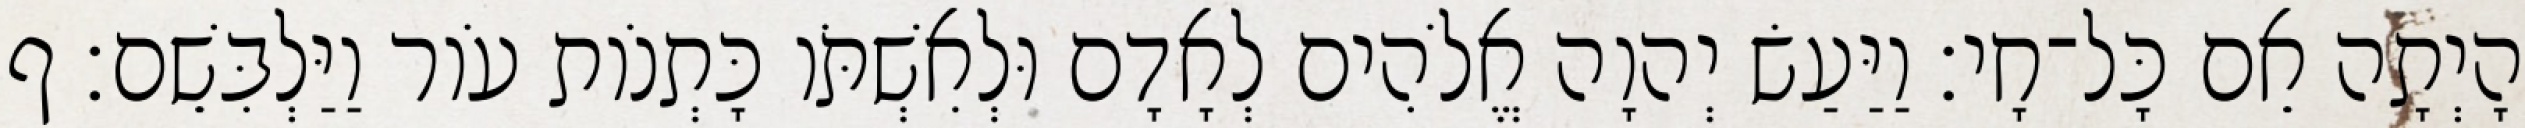
הָיְתָה אֵם כָּל־חָי׃ וַיַּעַשׂ יְהוָה אֱלֹהִים לְאָדָם וּלְאִשְׁתֹּו כָּתְנֹות עֹור וַיַּלְבִּשֵׁם׃ ף